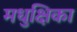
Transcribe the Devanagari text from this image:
मधुक्षिका